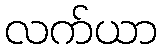
လက်ယာ